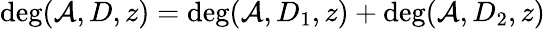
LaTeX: \deg(\mathcal{A},D,z)=\deg(\mathcal{A},D_{1},z)+\deg(\mathcal{A},D_{2},z)